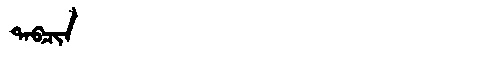
Manchu: ᡨᠠᠪᠴᡳᠨ
Romanization: TABCIN